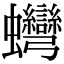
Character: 䘎